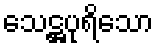
သေဋ္ဌပုရိသော